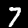
Digit: 7